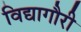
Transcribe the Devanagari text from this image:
विद्यागौरी